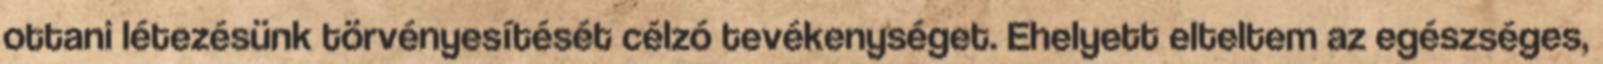
ottani létezésünk törvényesítését célzó tevékenységet. Ehelyett elteltem az egészséges,